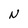
Character: N